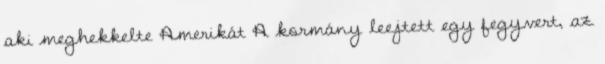
aki meghekkelte Amerikát A kormány leejtett egy fegyvert, az